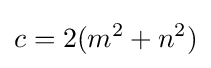
c=2(m^{2}+n^{2})